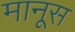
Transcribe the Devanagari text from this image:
मानूस